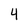
Character: 4